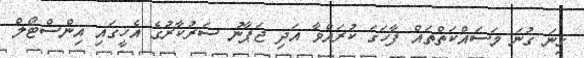
ގިނަ ގުނަ މަސައްކަތްތައް ފާހަގަ ކުރައްވާ އަދި ޖަޕާނު ސަރުކާރުގެ އެހީގައި އިންސްޓޯލް